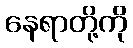
နေရာတို့ကို